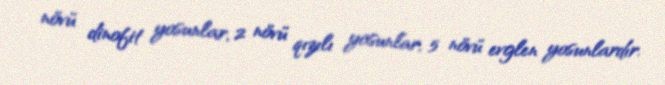
növü dinofit yosunlar, 2 növü qızılı yosunlar, 5 növü evglen yosunlardır.